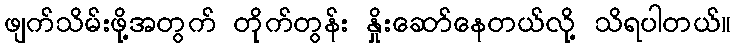
ဖျက်သိမ်းဖို့အတွက် တိုက်တွန်း နှိုးဆော်နေတယ်လို့ သိရပါတယ်။